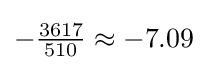
-{\tfrac {3617}{510}}\approx -7.09